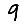
Digit: 9